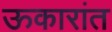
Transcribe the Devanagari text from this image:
ऊकारांत